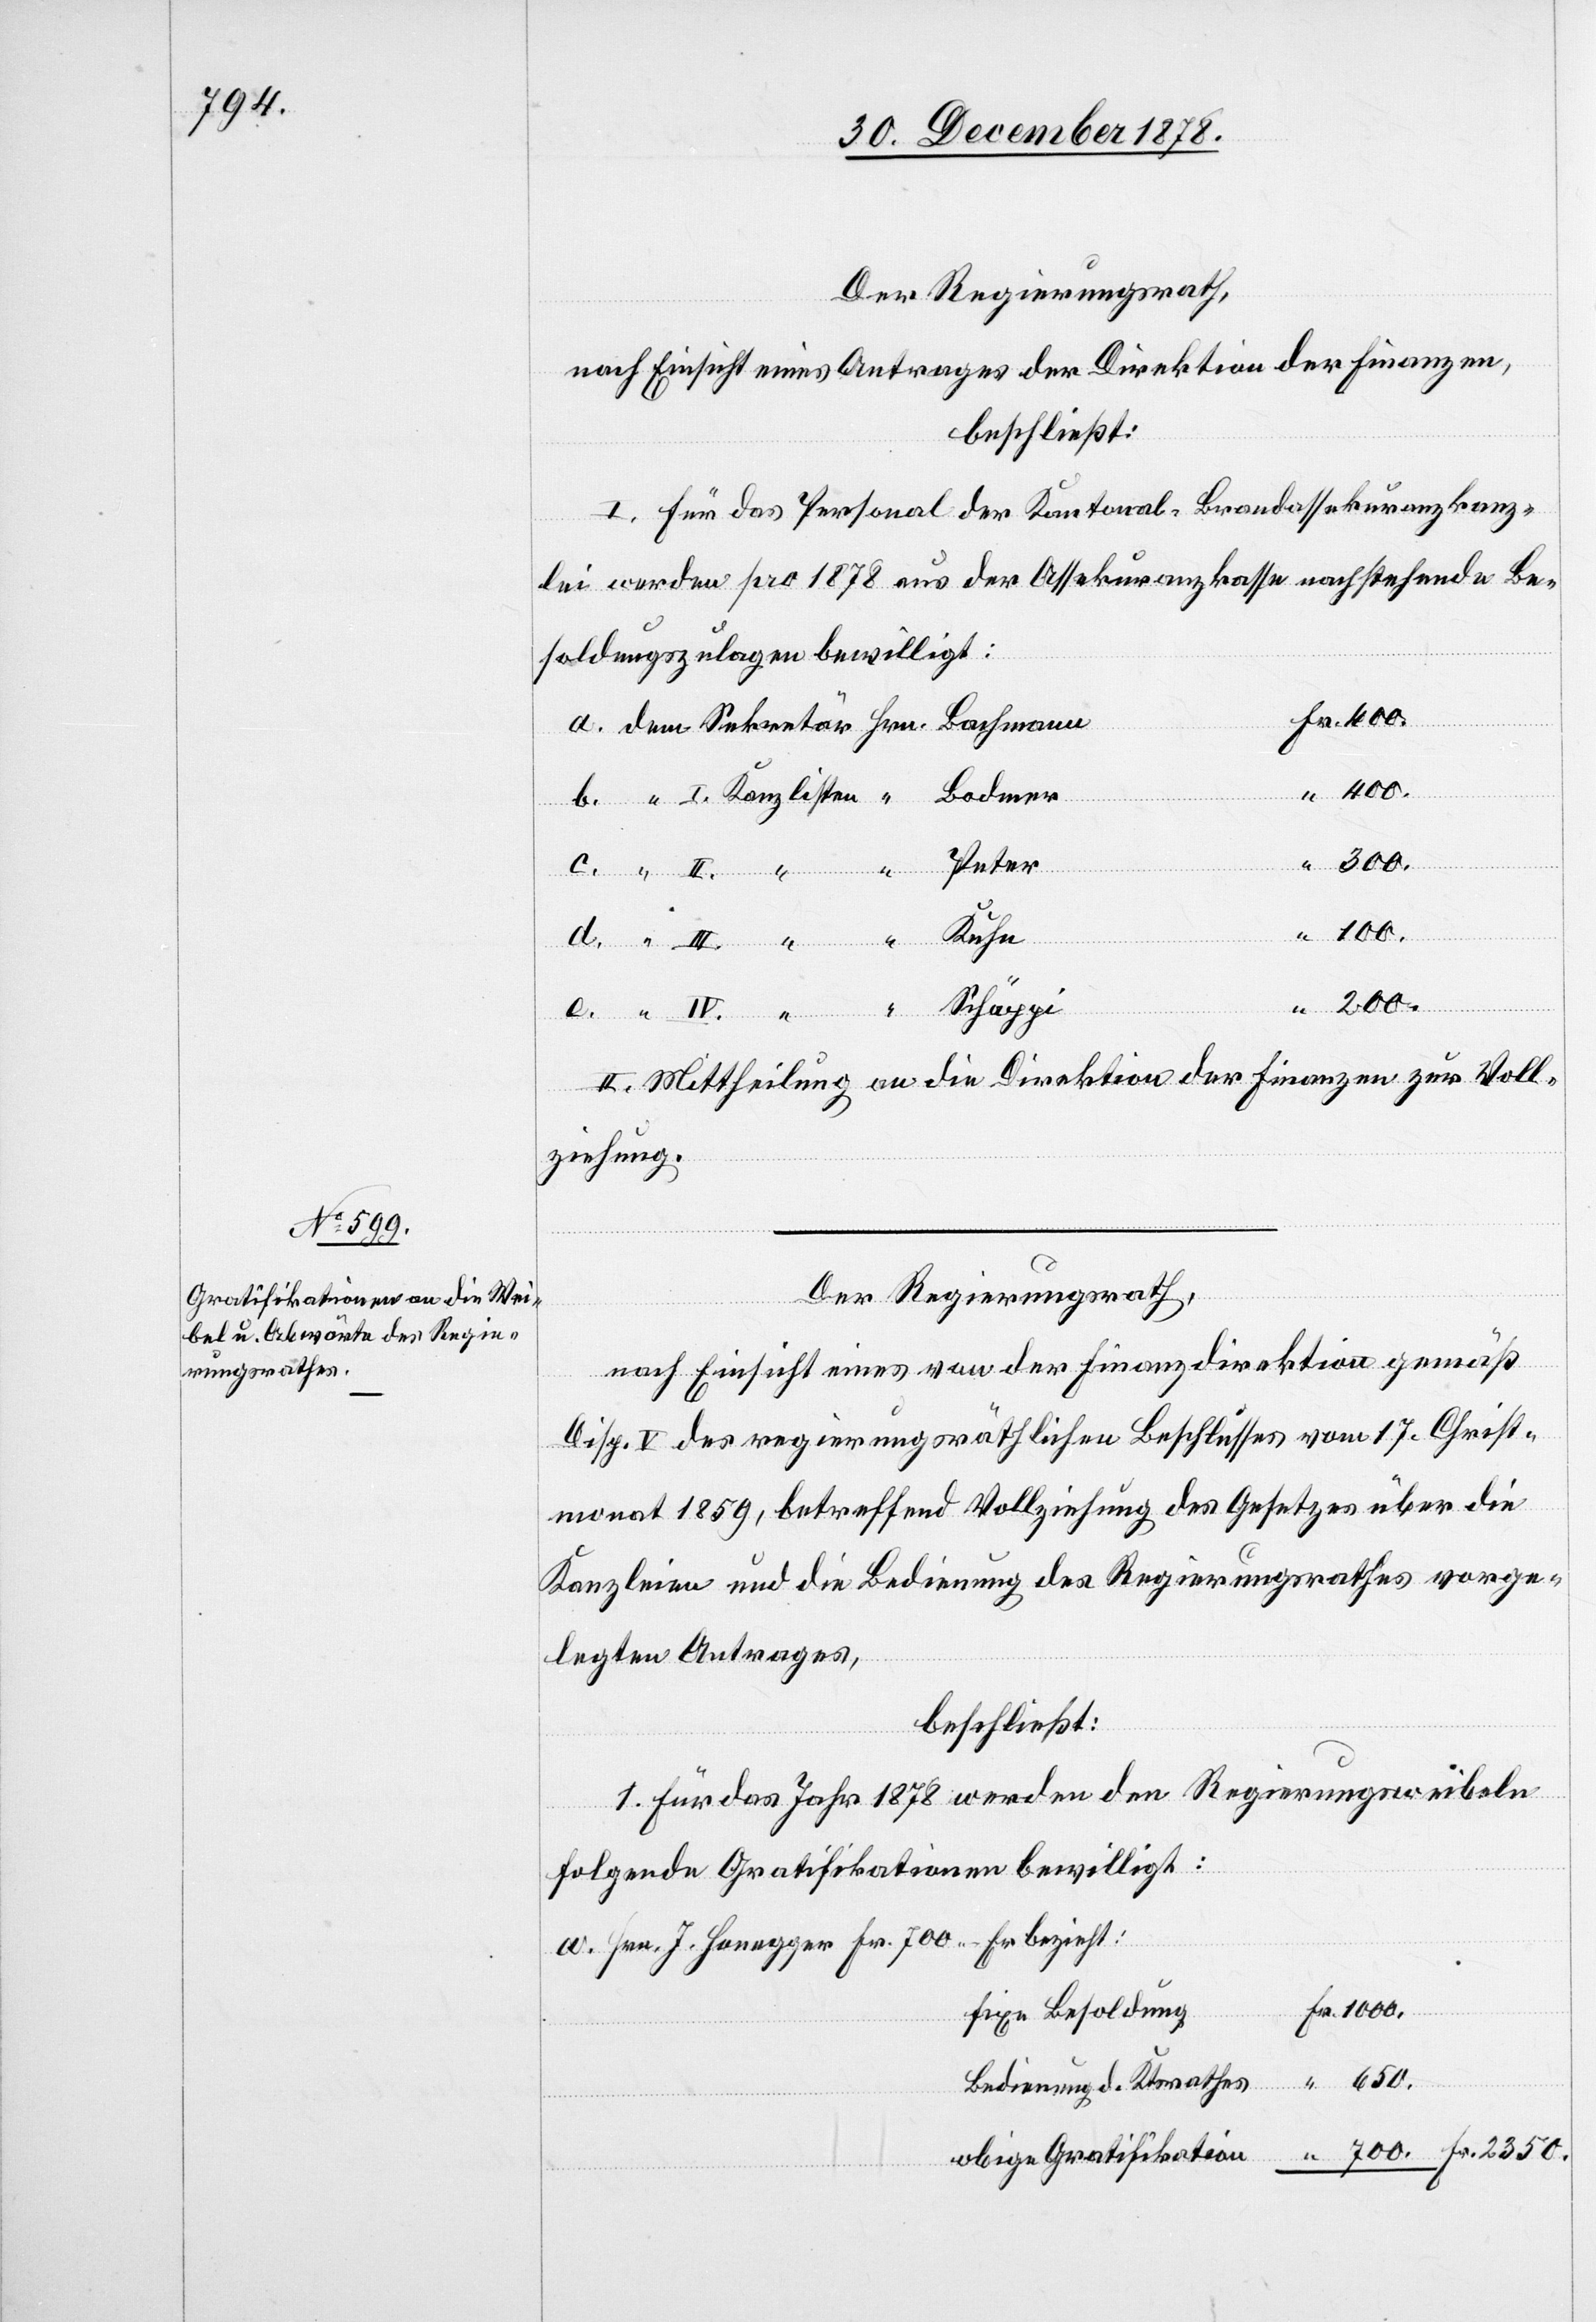
Der Regierungsrath,
nach Einsicht eines Antrages der Direktion der Finanzen,
beschließt:
I. Für das Personal der Kantonal-Brandassekuranzkanz¬
lei werden pro 1878 aus der Assekuranzkasse nachstehende Be¬
soldungszulagen bewilligt:
Bachmann
Bodmer
300.
Peter
650.
700.
Kuhn
“
Schäppi
II.
II. Mittheilung an die Direktion der Finanzen zur Voll¬
ziehung.
Der Regierungsrath,
nach Einsicht eines von der Finanzdirektion gemäß
Disp. V des regierungsräthlichen Beschlusses vom 17. Christ¬
monat 1859, betreffend Vollziehung des Gesetzes über die
Kanzleien und die Bedienung des Regierungsrathes vorge¬
legten Antrages,
beschließt:
1. Für das Jahr 1878 werden den Regierungsweibeln
folgende Gratifikationen bewilligt:
2350.
fixe Besoldung
tion
Bedienung d. Ktsrathes